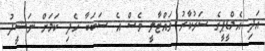
އަދި އެމްޑީޕީގެ ސަރުކާރު ވައްޓާލީ ވެސް އެ ސަބަބާ ހެދި ކަމަށް ނަޝީދު